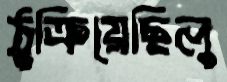
ঠুক্‌রিয়েছিলু